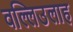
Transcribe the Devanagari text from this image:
वल्लिउलाह